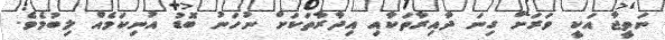
ނަތީޖާ އަކީ ވަރަށް ގިނަ ދާއިރާތަކާއި އިދާރާތަކަށް ނުހަނު ބޮޑު އުނިކަމެއް ލިބުމެވެ.